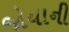
જોયાની